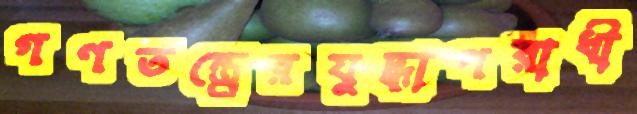
গণতন্ত্র্রেরযুদ্ধাপরাধী